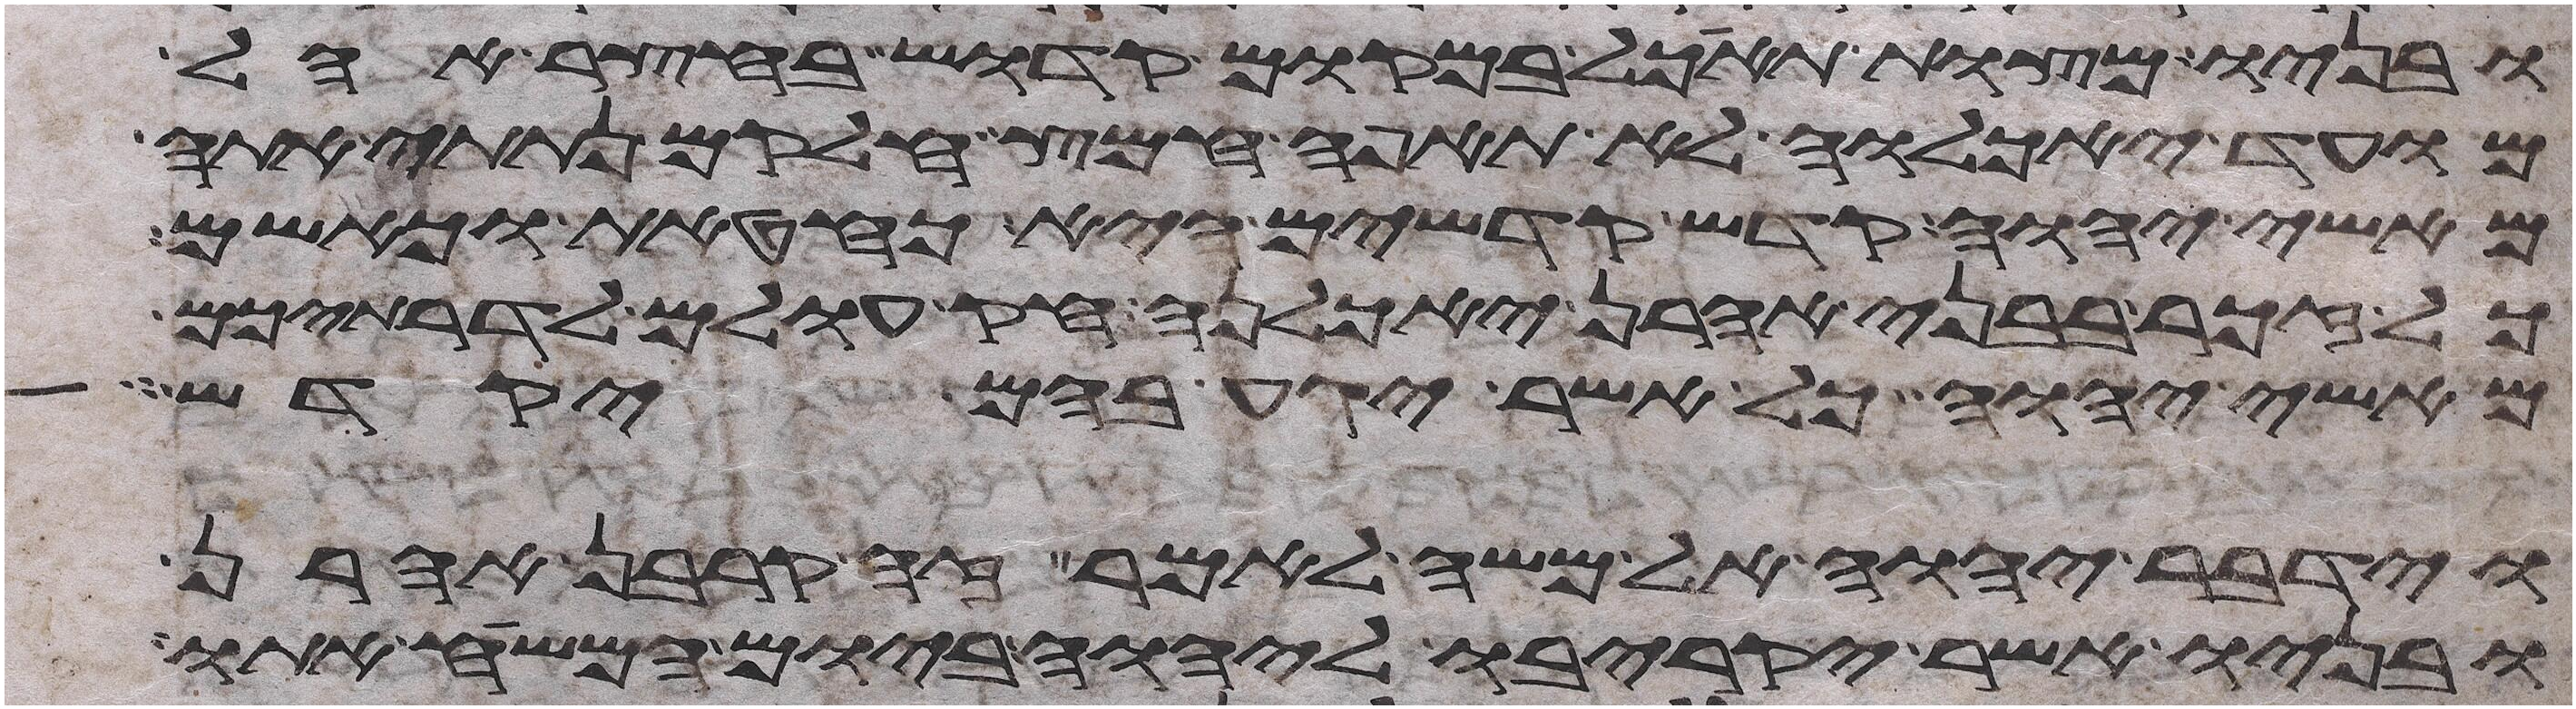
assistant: ובניו מצות תאכל במקום קדוש בחצר אהל
מועד יאכלוה לא תאפה חמץ חלקם נתתי אתה
מאשי יהוה קדש קדשים היא כחטאת כאשם
כל זכר בבני אהרן יאכלנה חק עולם לדרתיכם
מאשי יהוה כל אשר יגע בהם יקדש
וידבר יהוה אל משה לאמר זה קרבן אהרן
ובניו אשר יקריבו ליהוה ביום המשיח אתו